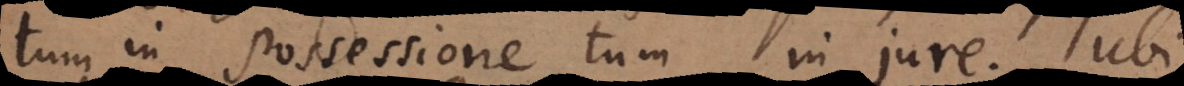
tum in possessione tum in jure. Ubi